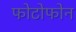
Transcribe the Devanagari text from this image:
फोटोफोन